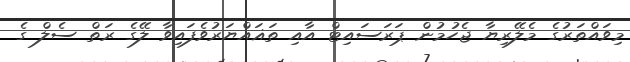
މިވައްތަރުގެ މެލޭރިޔާ ޖެހުމުން ޕަރަސައިޓް އާއި ތަޣައްޔަރުވެފައިވާ ލޭގެ ރަތް ސެލް ގެ